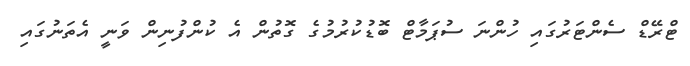
ޓްރޭޑް ސެންޓަރުގައި ހުންނަ ސުޕަމާޓް ބޮޑުކުރުމުގެ ގޮތުން އެ ކުންފުނިން ވަނީ އެތަނުގައި